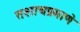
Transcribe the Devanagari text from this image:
तशाचप्रमाणे